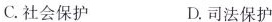
C.社会保护 D.司法保护